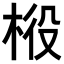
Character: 𣒃